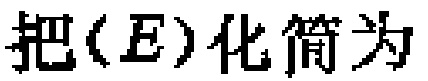
把\((E)\)化简为